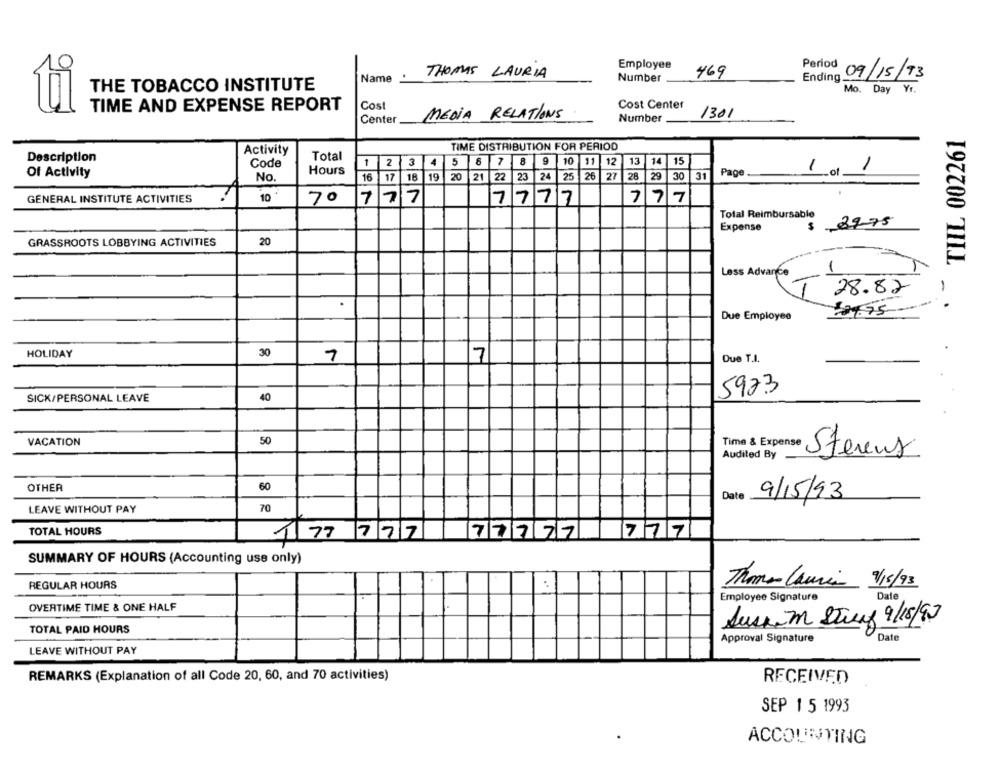
Period
Employee
Name :
THOMAS LAURIA
Number
469
Ending
09/15/93
THE TOBACCO INSTITUTE
Mo. Day Yr.
95
TIME AND EXPENSE REPORT
Cost
Cost Center
MEDIA RELATIONS
1301
Center
Number
TIIL 002261
TIME DISTRIBUTION FOR PERIOD
Activity
Description
Code
Total
1
2 3
4 1
5
7 8 9
10
11 12
13
14 15
Hours
1 of 1
Of Activity
No.
16
17
18
19
20
21 22
23 24
25
26
27
28
29 30
31
Page ..
GENERAL INSTITUTE ACTIVITIES
10
70
777
7777
777
Total Reimbursable
2975
Expense
$
GRASSROOTS LOBBYING ACTIVITIES
20
Less Advance
1
T
28.82
- ·
Due Employee
29.95
HOLIDAY
30
1
7
Due T.I.
5973
SICK/PERSONAL LEAVE
40
VACATION
50
Time & Expense
Audited By
Stevens
OTHER
60
Date
9/15/93
LEAVE WITHOUT PAY
70
TOTAL HOURS
177 777
77777 777
SUMMARY OF HOURS (Accounting use only)
REGULAR HOURS
Thomas Camin /15/93
Employee Signature
Date
OVERTIME TIME & ONE HALF
Aussim Stres 9/15/97
TOTAL PAID HOURS
Approval Signature
Date
LEAVE WITHOUT PAY
REMARKS (Explanation of all Code 20, 60, and 70 activities)
RECEIVED
SEP 1 5 1993
ACCOUNTING